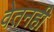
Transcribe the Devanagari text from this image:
वेतनही